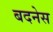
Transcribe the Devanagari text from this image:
बदनेस